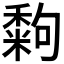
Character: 𥢀